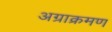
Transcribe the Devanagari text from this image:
अग्राक्रमण